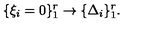
\{ \xi _ { i } = 0 \} _ { 1 } ^ { r } \rightarrow \{ \Delta _ { i } \} _ { 1 } ^ { r } .